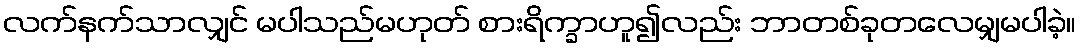
လက်နက်သာလျှင် မပါသည်မဟုတ် စားရိက္ခာဟူ၍လည်း ဘာတစ်ခုတလေမျှမပါခဲ့။